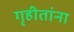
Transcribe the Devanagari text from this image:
गृहीतांना